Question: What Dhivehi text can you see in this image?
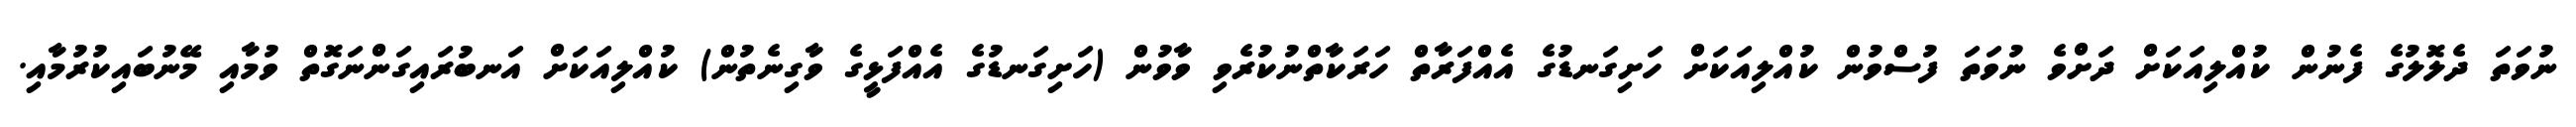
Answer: ނުވަތަ ދެލޮލުގެ ފެނުން ކުއްލިއަކަށް ދަށްވެ ނުވަތަ ފުސްވުން ކުއްލިއަކަށް ހަށިގަނޑުގެ އެއްފަރާތް ހަރަކާތްނުކުރެވި ވާވުން (ހަށިގަނޑުގެ އެއްފަޅީގެ ވާގިނެތުން) ކުއްލިއަކަށް އަނބުރައިގަންނަގޮތް ވުމާއި މޭނުބައިކުރުމާއި.